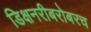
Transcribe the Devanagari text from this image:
डिक्षनरीबरोबरच